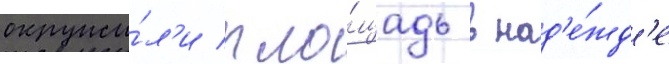
окружи́л'и пло́щадь в над'е́жд'е